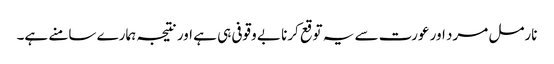
نارمل مرد اور عورت سے یہ توقع کرنا بے وقوفی ہی ہے اور نتیجہ ہمارے سامنے ہے۔